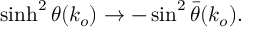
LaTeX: \sinh ^ { 2 } \theta ( k _ { o } ) \rightarrow - \sin ^ { 2 } \bar { \theta } ( k _ { o } ) .